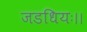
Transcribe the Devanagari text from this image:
जडधियः।।